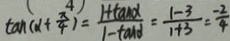
\tan ( \alpha + \frac { \pi } { 4 } ) = \frac { 1 + \tan \alpha } { 1 - \tan \alpha } = \frac { 1 - 3 } { 1 + 3 } = \frac { - 2 } { 4 }